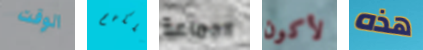
الوقت ملكهم الجماعة لأكون هذه